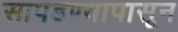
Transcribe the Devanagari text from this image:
सापडण्यापासून